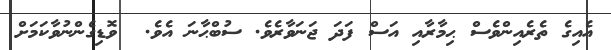
އެއިގެ ތެރެއިންވެސް ޙިމާރާއި އަސް ފަދަ ޖަނަވާރެވެ. ސުބްޙާނަ އެވެ.  ވޮޑިގެންނުވާކަމަށް